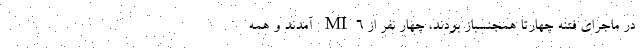
در ماجرای فتنه چهارتا همجنسباز بودند، چهار نفر از MI6 آمدند و همه